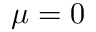
\mu = 0